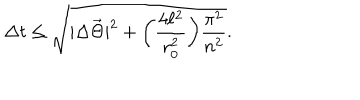
\Delta t \leq \sqrt { | \Delta \vec { \Theta } | ^ { 2 } + \biggl ( \frac { 4 \ell ^ { 2 } } { r _ { 0 } ^ { 2 } } \biggr ) \frac { \pi ^ { 2 } } { n ^ { 2 } } } .